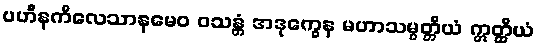
ပဟီနကိလေသာနမေဝ ဝသန္တံ အဒုက္ခေန မဟာသမ္ပတ္တိယံ ဣတ္ထိယံ